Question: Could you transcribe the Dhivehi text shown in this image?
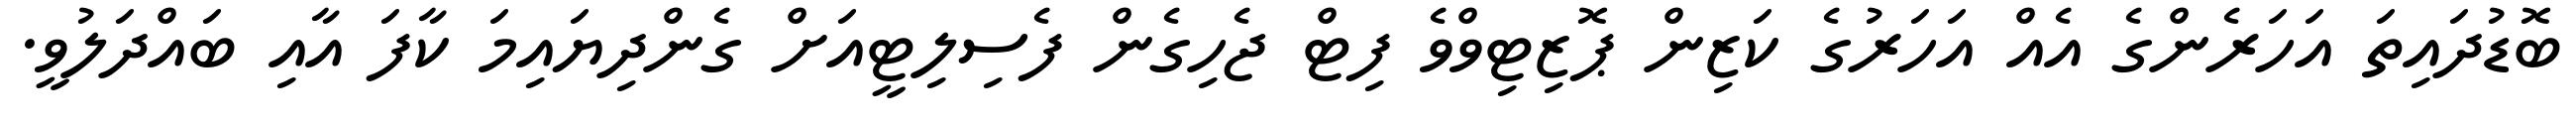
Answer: ބޮޑުދައިތަ އަހަރެންގެ އެއް އަހަރުގެ ކަޒިން ޕޮޒިޓިވްވެ ފިޓް ޖެހިގެން ފެސިލިޓީއަށް ގެންދިޔައިމަ ކާފަ އާއި ބައްދަލުވީ.